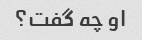
او چه گفت؟